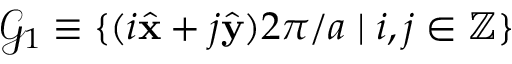
\mathcal { G } _ { 1 } \equiv \{ ( { i } \hat { \mathbf { x } } + { j } \hat { \mathbf { y } } ) 2 \pi / a \mid { i } , { j } \in \mathbb { Z } \}